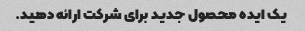
یک ایده محصول جدید برای شرکت ارائه دهید.